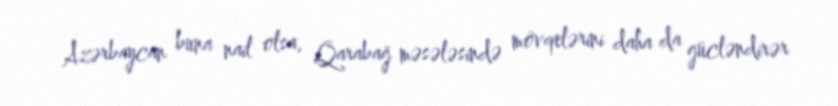
Azərbaycan buna nail olsa, Qarabağ məsələsində mövqelərini daha da gücləndirər